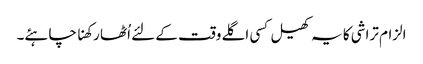
الزام تراشی کا یہ کھیل کسی اگلے وقت کے لئے اُٹھا رکھنا چاہئے۔